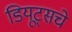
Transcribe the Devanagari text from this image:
डियूट्सचे